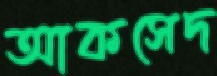
আকসেদ